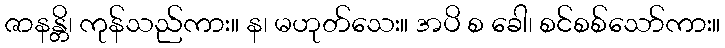
ဇာနန္တိ၊ ကုန်သည်ကား။ န၊ မဟုတ်သေး။ အပိ စ ခေါ၊ စင်စစ်သော်ကား။